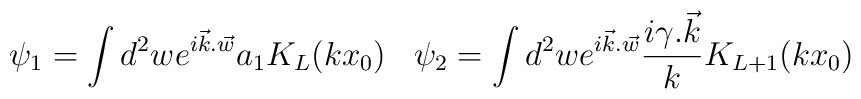
\psi_1 = \int d^2w e^{i{\vec {k}.\vec{w}}} a_1K_L(kx_0)\;\;\;\psi_2=\int d^2 w e^{i\vec{ k}.\vec{w}}\frac{i{ \gamma.\vec{k}}}{k} K_{L+1}(kx_0)